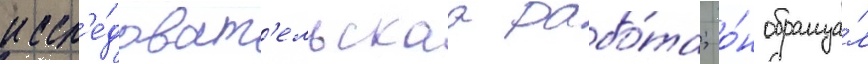
иссл'е́доват'ельскаа рабо́та; о́н обраща́л